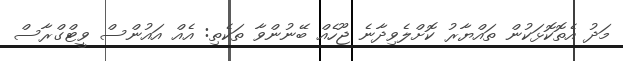
މަދު އެތޮކޮޅަކުން ތައްޔާރު ކޮށްލެވިދާނެ ޖޫހެއް ބޭނުންވާ ތަކެތި: އެއް އައުންސް ވީޓްގްރާސް